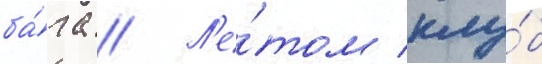
ба́га // Л'е́том клу́б